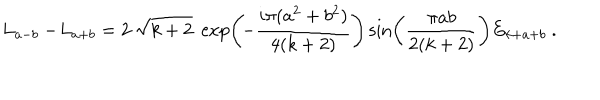
\begin{array} { c c l } { { L _ { a - b } - \! L _ { a + b } = \displaystyle 2 \; \sqrt { k + 2 } \; \exp \left( \! - \frac { i \pi ( a ^ { 2 } + b ^ { 2 } ) } { 4 ( k + 2 ) } \right) \sin \left( \frac { \pi a b } { 2 ( k + 2 ) } \right) E _ { k + a + b } \ . } } \\ \end{array}